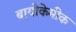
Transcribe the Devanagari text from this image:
बायोकेमीक